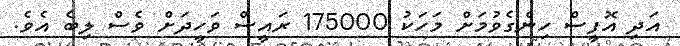
އަދި އޮފީސް ހިންގެވުމަށް މަހަކު 175000 ރައީސް ވަހީދަށް ވެސް ލިބެ އެވެ.